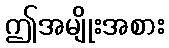
ဤအမျိုးအစား